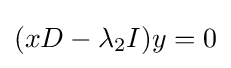
(xD-\lambda _{2}I)y=0